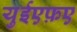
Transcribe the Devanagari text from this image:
युईएफ़ए